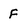
Character: F